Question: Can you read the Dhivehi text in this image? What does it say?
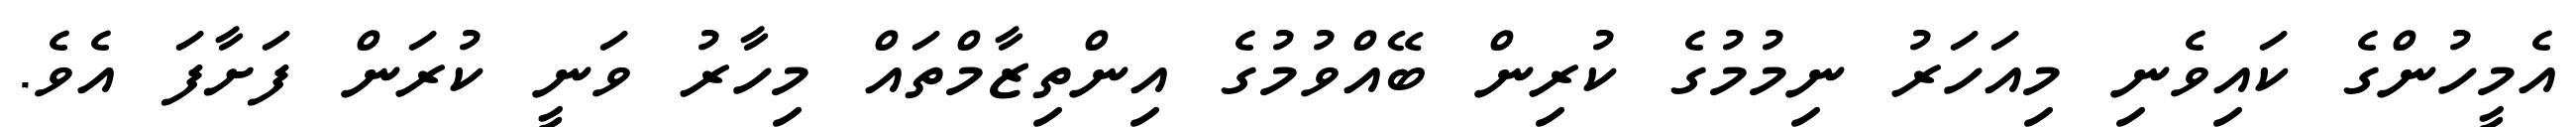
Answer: އެމީހުންގެ ކައިވެނި މިއަހަރު ނިމުމުގެ ކުރިން ބޭއްވުމުގެ އިންތިޒާމްތައް މިހާރު ވަނީ ކުރަން ފަށާފަ އެވެ.